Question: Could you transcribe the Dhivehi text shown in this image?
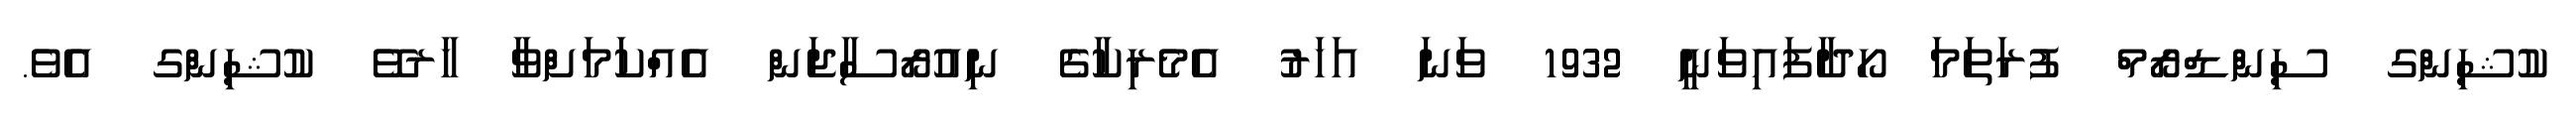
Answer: ކުޝިންގ ސިންޑްރޯމް ފުރަތަމަ ހޯދާފައިވަނީ 1932 ވަނަ އަހަރު އެމެރިކާގެ ނިއުރޯސާޖަން އެއްކަމަށްވާ ހާރވޭ ކުޝިންގ އެވެ.